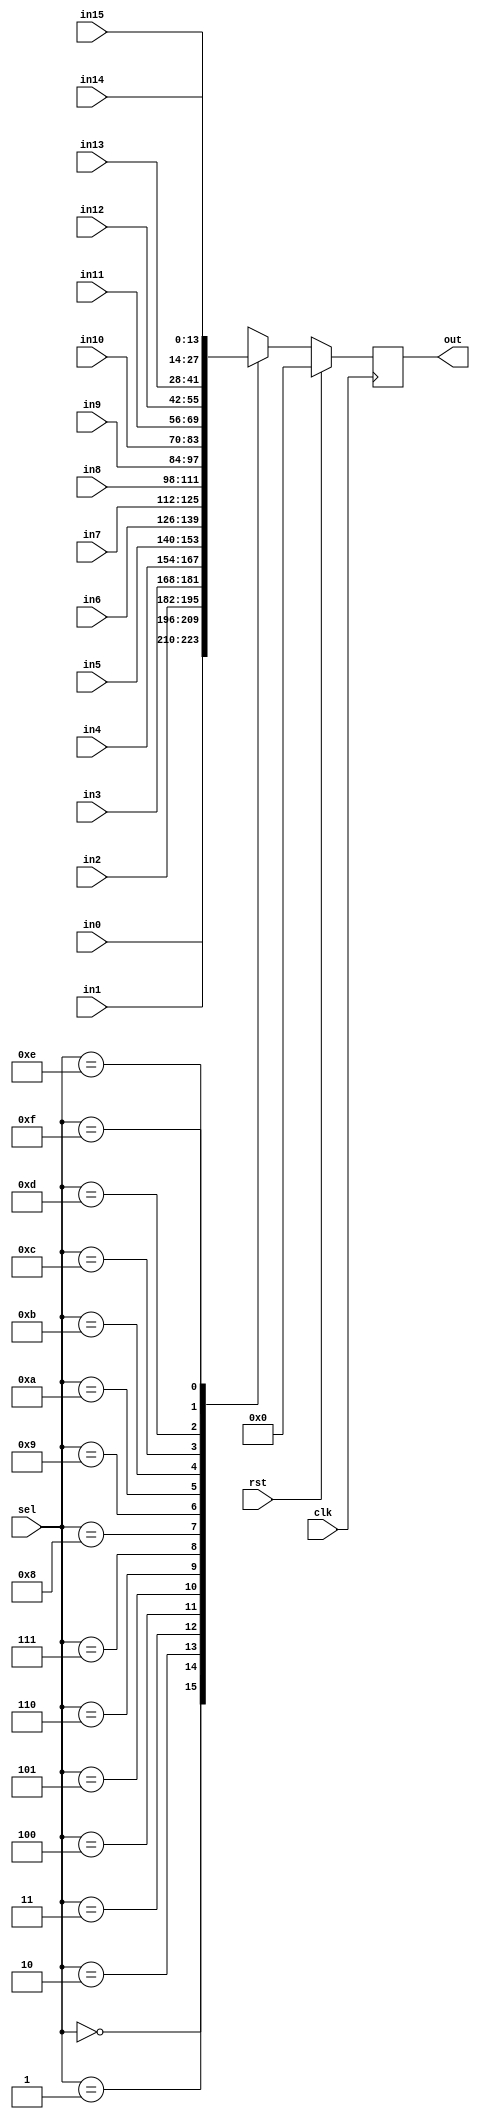
// This program was cloned from: https://github.com/marceluda/rp_lock-in_pid
// License: GNU General Public License v3.0

//////////////////////////////////////////////////////////////////////////////////
//(* dont_touch = "true" *)
//(* black_box *)


//(* keep_hierarchy = "true" *) 
module muxer_reg4 #(
   parameter     RES = 14 
)
(
   // input
   input                 clk,rst,
   input      [  4-1: 0] sel,             // Select wire 0-15
   input      [RES-1: 0] in0,
   input      [RES-1: 0] in1,
   input      [RES-1: 0] in2,
   input      [RES-1: 0] in3,
   input      [RES-1: 0] in4,
   input      [RES-1: 0] in5,
   input      [RES-1: 0] in6,
   input      [RES-1: 0] in7,
   input      [RES-1: 0] in8,
   input      [RES-1: 0] in9,
   input      [RES-1: 0] in10,
   input      [RES-1: 0] in11,
   input      [RES-1: 0] in12,
   input      [RES-1: 0] in13,
   input      [RES-1: 0] in14,
   input      [RES-1: 0] in15,

   // output
   output reg [RES-1: 0] out                // output data
);


// switch
always @(posedge clk)
   if (rst)
      out      <=  4'b0; 
   else
      case (sel)
         4'd00   :  out  <= in0  ;
         4'd01   :  out  <= in1  ;
         4'd02   :  out  <= in2  ;
         4'd03   :  out  <= in3  ;
         4'd04   :  out  <= in4  ;
         4'd05   :  out  <= in5  ;
         4'd06   :  out  <= in6  ;
         4'd07   :  out  <= in7  ;
         4'd08   :  out  <= in8  ;
         4'd09   :  out  <= in9  ;
         4'd10   :  out  <= in10 ;
         4'd11   :  out  <= in11 ;
         4'd12   :  out  <= in12 ;
         4'd13   :  out  <= in13 ;
         4'd14   :  out  <= in14 ;
         4'd15   :  out  <= in15 ;
         default :  out  <= 4'b0 ; 
      endcase ;
   
 


endmodule

/*
muxer_reg4  #( .RES ( 14 ) ) i_muxer_reg4_NOMBRE (
    // input
   .clk(clk),.rst(rst),    .sel (  sel  ), // select cable
    .in0  ( 14'b0 ), // in0 
    .in1  ( 14'b0 ), // in1 
    .in2  ( 14'b0 ), // in2 
    .in3  ( 14'b0 ), // in3 
    .in4  ( 14'b0 ), // in4 
    .in5  ( 14'b0 ), // in5 
    .in6  ( 14'b0 ), // in6 
    .in7  ( 14'b0 ), // in7 
    .in8  ( 14'b0 ), // in8 
    .in9  ( 14'b0 ), // in9 
    .in10 ( 14'b0 ), // in10
    .in11 ( 14'b0 ), // in11
    .in12 ( 14'b0 ), // in12
    .in13 ( 14'b0 ), // in13
    .in14 ( 14'b0 ), // in14
    .in15 ( 14'b0 ), // in15
    // output
    .out ( out   )
);
*/